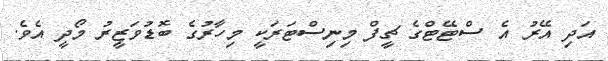
އަދި އޭރު އެ ސްޓޭޓްގެ ޗީފް މިނިސްޓަރަކީ މިހާރުގެ ބޮޑުވަޒީރު މޯދީ އެވެ.